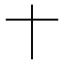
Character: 𬂛